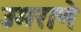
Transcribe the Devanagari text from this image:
उमराणे